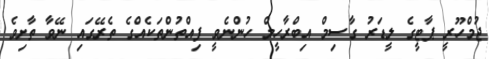
ޖުމްހޫރީ ޕާޓީގެ ލީޑަރު ގާސިމް އިބްރާހީމް ހުންނެވީ ފިއްތުންތަކެއްގެ ތެރޭގައި ނޭވާ ތާށިވެ